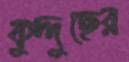
কুদ্দুছের